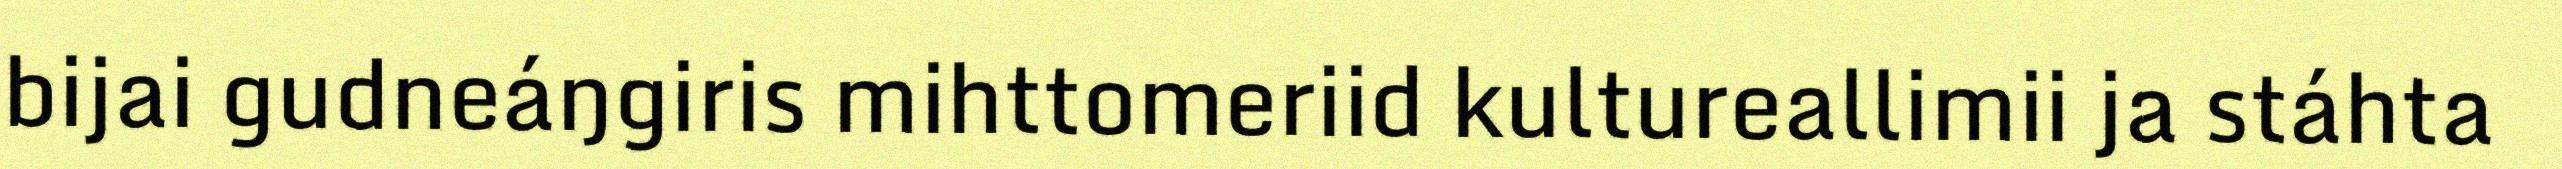
bijai gudneáŋgiris mihttomeriid kultureallimii ja stáhta